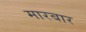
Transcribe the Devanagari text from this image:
मारबार